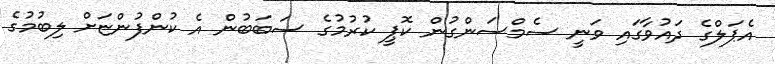
އެޕަލްގެ ދައުވާގައި ވަނީ ސެމްސަންގުން ކޮޕީ ކުރުމުގެ ސަބަބުން އެ ކުންފުންޏަށް ލިބުމުގެ